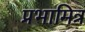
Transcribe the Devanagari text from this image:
प्रभामित्र